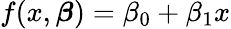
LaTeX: f(x,{\boldsymbol{\beta}})=\beta_{0}+\beta_{1}x